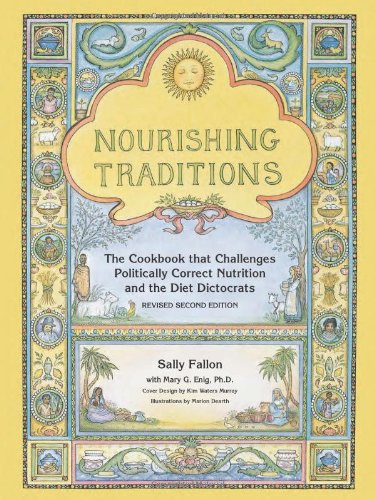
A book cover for Nourishing Traditions: The Cookbook that Challenges Politically Correct Nutrition and the Diet Dictocrats; Sally Fallon; Cookbooks, Food & Wine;